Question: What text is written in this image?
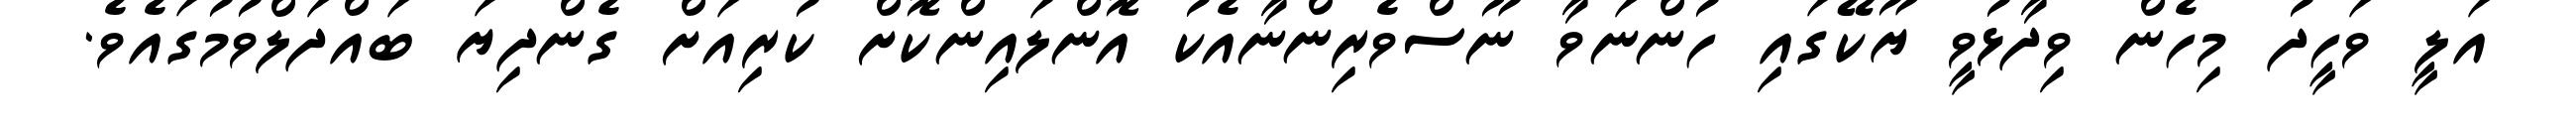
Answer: އަލީ ވަހީދު މިހެން ވިދާޅުވީ ޔޫކޭގައި ހުންނަވާ ނޫސްވެރިންނާއެކު އޮންލައިންކޮށް ކުރިއަށް ގެންދިޔަ ބައްދަލްވުމުގައެވެ.